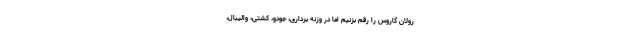
رولان گاروس را رقم بزنیم اما در وزنه برداری، جودو، کشتی، والیبال،